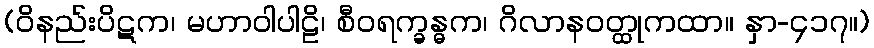
(ဝိနည်းပိဋက၊ မဟာဝါပါဠိ၊ စီဝရက္ခန္ဓက၊ ဂိလာနဝတ္ထုကထာ။ နှာ-၄၁၇။)